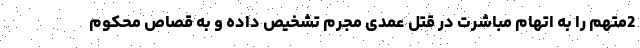
2متهم را به اتهام مباشرت در قتل عمدی مجرم تشخیص داده و به قصاص محکوم